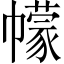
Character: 幪